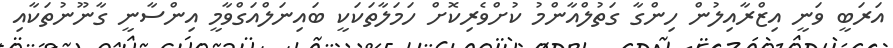
އަރަބީ ވަނީ އިޒްރާއިލުން ހިންގާ ގަތުލްއާންމު ކުށްވެރިކޮށް ހަމަލާތަކަކީ ބައިނަލްއަގްވާމީ އިންސާނީ ގާނޫނުތަކާއި